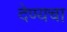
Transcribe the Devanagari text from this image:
देण्यचा